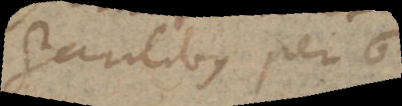
gantibus per 6.